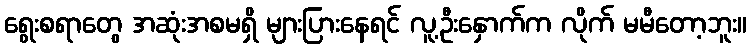
ရွေးစရာတွေ အဆုံးအစမရှိ များပြားနေရင် လူ့ဦးနှောက်က လိုက် မမီတော့ဘူး။